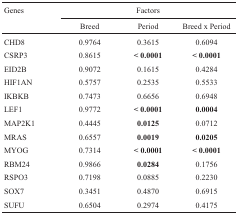
| <ROWSPAN=2> Genes | <COLSPAN=3> Factors |
 | Breed | Period | Breed x Period |
 | --- | --- | --- | --- |
 | CHD8 | 0.9764 | 0.3615 | 0.6094 |
 | CSRP3 | 0.8615 | < 0.0001 | < 0.0001 |
 | EID2B | 0.9072 | 0.1615 | 0.4284 |
 | HIF1AN | 0.5757 | 0.2535 | 0.5533 |
 | IKBKB | 0.7473 | 0.6656 | 0.6948 |
 | LEF1 | 0.9772 | < 0.0001 | 0.0004 |
 | MAP2K1 | 0.4445 | 0.0125 | 0.0712 |
 | MRAS | 0.6557 | 0.0019 | 0.0205 |
 | MYOG | 0.7314 | < 0.0001 | < 0.0001 |
 | RBM24 | 0.9866 | 0.0284 | 0.1756 |
 | RSPO3 | 0.7198 | 0.0885 | 0.2230 |
 | SOX7 | 0.3451 | 0.4870 | 0.6915 |
 | SUFU | 0.6504 | 0.2974 | 0.4175 |